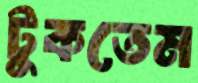
টুকতেম